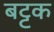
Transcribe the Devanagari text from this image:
बट्टक